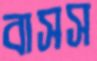
বাসস